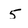
Character: 5